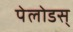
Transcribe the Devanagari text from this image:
पेलोडस्